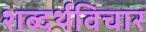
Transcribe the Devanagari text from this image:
शब्दर्थविचार